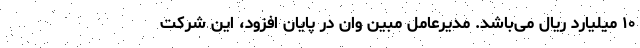
۱۰ میلیارد ریال می‌باشد. مدیرعامل مبین وان در پایان افزود، این شرکت